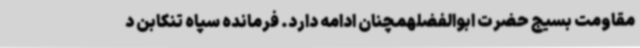
مقاومت بسیج حضرت ابوالفضلهمچنان ادامه دارد. فرمانده سپاه تنکابن د